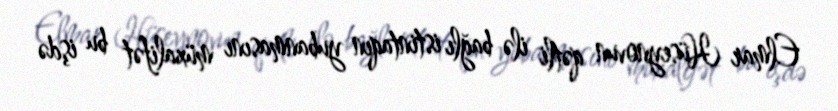
Elmar Hüseynovun qətli ilə bağlı istintaqın yubanmasını müxalifət bu işdə